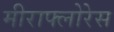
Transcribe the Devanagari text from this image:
मीराफ्लोरेस